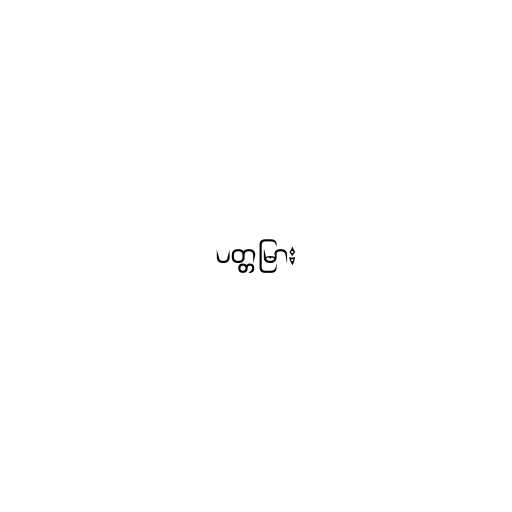
ပတ္တမြား